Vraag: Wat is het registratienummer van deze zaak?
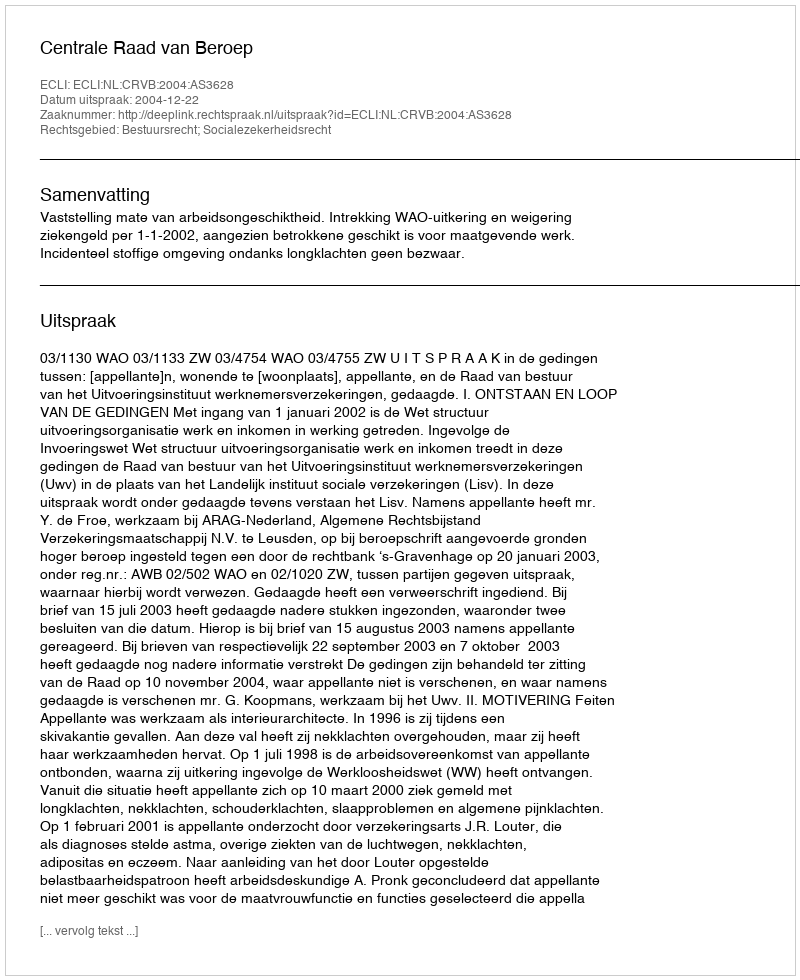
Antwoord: http://deeplink.rechtspraak.nl/uitspraak?id=ECLI:NL:CRVB:2004:AS3628